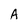
Character: A